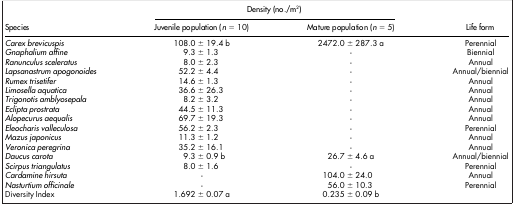
| <ROWSPAN=2> Species | <COLSPAN=2> Density (no./m2) | <ROWSPAN=2> Life form |
 | Juvenile population (n = 10) | Mature population (n = 5) |
 | --- | --- | --- | --- |
 | Carexbrevicuspis | 108.0 ± 19.4 b | 2472.0 ± 287.3 a | Perennial |
 | Gnaphalium affine | 9.3 ± 1.3 | - | Biennial |
 | Ranunculus sceleratus | 8.0 ± 2.3 | - | Annual |
 | Lapsanastrum apogonoides | 52.2 ± 4.4 | - | Annual/biennial |
 | Rumex trisetifer | 14.6 ± 1.3 | - | Annual |
 | Limosella aquatica | 36.6 ± 26.3 | - | Annual |
 | Trigonotis amblyosepala | 8.2 ± 3.2 | - | Annual |
 | Eclipta prostrata | 44.5 ± 11.3 | - | Annual |
 | Alopecurus aequalis | 69.7 ± 19.3 | - | Annual |
 | Eleocharis valleculosa | 56.2 ± 2.3 | - | Perennial |
 | Mazus japonicus | 11.3 ± 1.2 | - | Annual |
 | Veronica peregrina | 35.2 ± 16.1 | - | Annual |
 | Daucus carota | 9.3 ± 0.9 b | 26.7 ± 4.6 a | Annual/biennial |
 | Scirpus triangulatus | 8.0 ± 1.6 | - | Perennial |
 | Cardamine hirsuta | - | 104.0 ± 24.0 | Annual |
 | Nasturtium officinale | - | 56.0 ± 10.3 | Perennial |
 | Diversity Index | 1.692 ± 0.07 a | 0.235 ± 0.09 b |  |